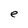
Character: e